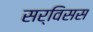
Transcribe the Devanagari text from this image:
सर्विसस